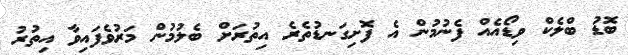
ބޮޑު ބްލެކް ވިޑޯއެއް ފެނުމުން އެ ފޮށިގަނޑުތެރެ އިތުރަށް ބެލުމުން މަރުވެފައިވާ އިތުރު